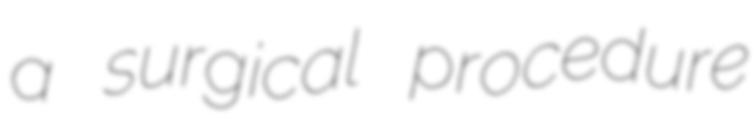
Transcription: a surgical procedure